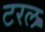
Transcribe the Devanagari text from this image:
टरल